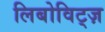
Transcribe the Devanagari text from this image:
लिबोविट्ज़